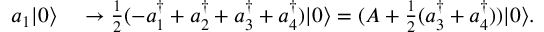
\begin{array} { r l } { a _ { 1 } | 0 \rangle } & { { } \rightarrow \frac 1 2 ( - a _ { 1 } ^ { \dagger } + a _ { 2 } ^ { \dagger } + a _ { 3 } ^ { \dagger } + a _ { 4 } ^ { \dagger } ) | 0 \rangle = ( A + \frac 1 2 ( a _ { 3 } ^ { \dagger } + a _ { 4 } ^ { \dagger } ) ) | 0 \rangle . } \end{array}